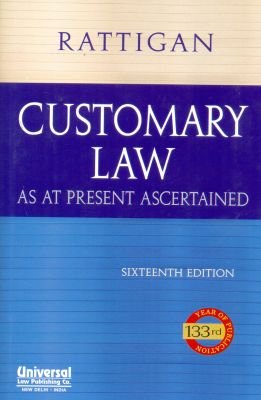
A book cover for Customary Law; Sir W.H. Rattigan; Law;